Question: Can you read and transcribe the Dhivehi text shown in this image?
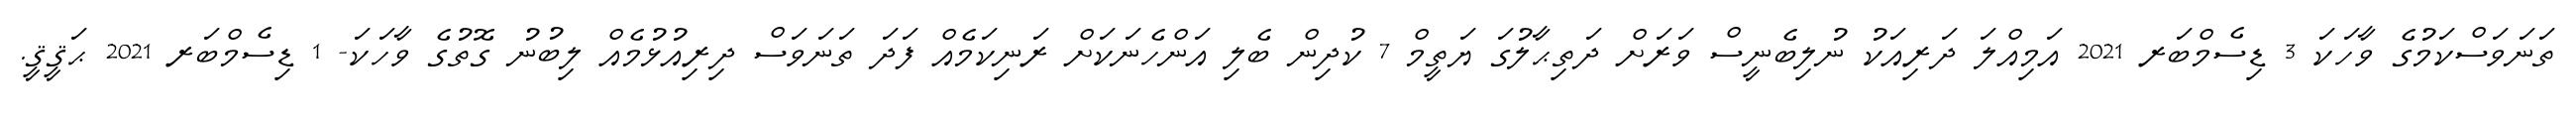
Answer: ތަނަވަސްކަމުގެ ވާހަކަ 3 ޑިސެމްބަރ 2021 އަމިއްލަ ދަރިއަކު ނުލިބެނީސް ވަރަށް ދަތިޙާލުގަ ޔަތީމް 7 ކުދިން ބެލި އަންހެނަކަށް ރަނިކަމެއް ފަދަ ތަނަވަސް ދިރިއުޅުމެއް ލިބުނު ގޮތުގެ ވާހަކަ- 1 ޑިސެމްބަރ 2021 ޙަޤީޤީ.